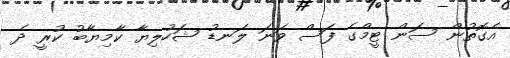
އެގޮތުން ސަން ޓީމްގެ ފަސް ވަނަ ލަނޑު ޝަހުލިޔާ ކާމިޔާބު ކުރީ ދެ